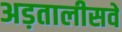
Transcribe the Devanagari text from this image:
अड़तालीसवें